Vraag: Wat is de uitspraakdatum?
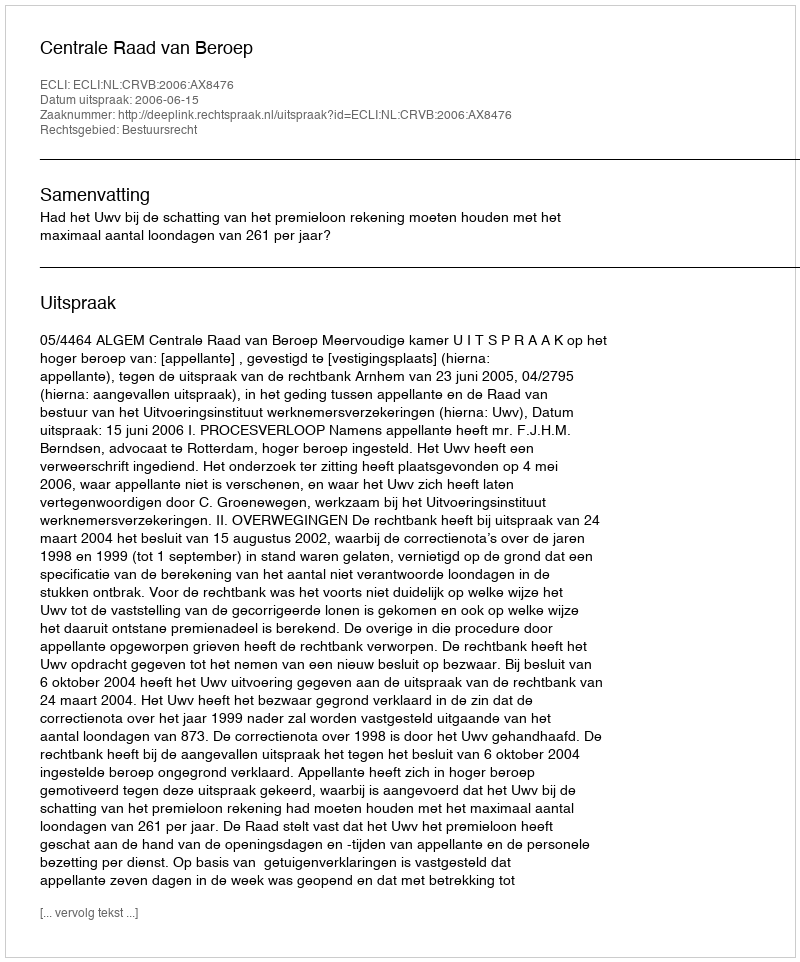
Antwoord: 2006-06-15